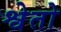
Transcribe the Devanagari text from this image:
श्वेतो